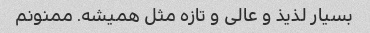
بسیار لذیذ و عالی و تازه مثل همیشه. ممنونم